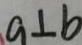
a \bot b